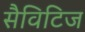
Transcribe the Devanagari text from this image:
सैविटिज